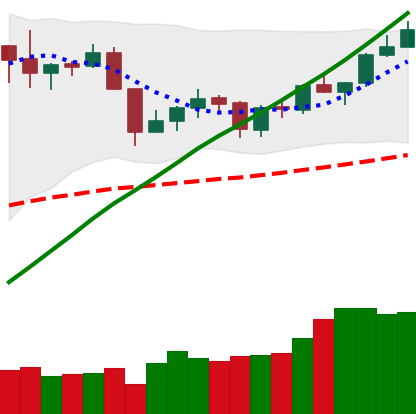
Ticker: XMR-USD
Chart end date: 2019-06-17
Forward return: 16.631%
Label: up_7plus